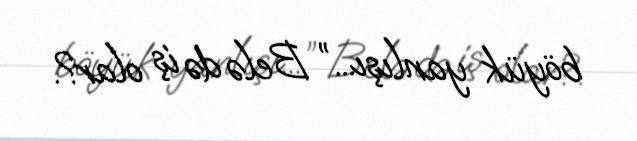
böyük yanlışı...” Belə də iş olar?.